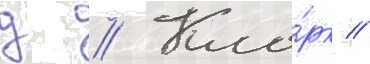
д // Кла́рк //